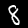
Digit: 8